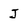
Character: J